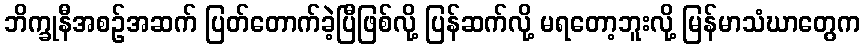
ဘိက္ခုနီအစဉ်အဆက် ပြတ်တောက်ခဲ့ပြီဖြစ်လို့ ပြန်ဆက်လို့ မရတော့ဘူးလို့ မြန်မာသံဃာတွေက